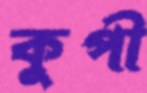
কুপী